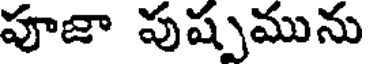
పూజా పుష్పమును